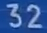
32